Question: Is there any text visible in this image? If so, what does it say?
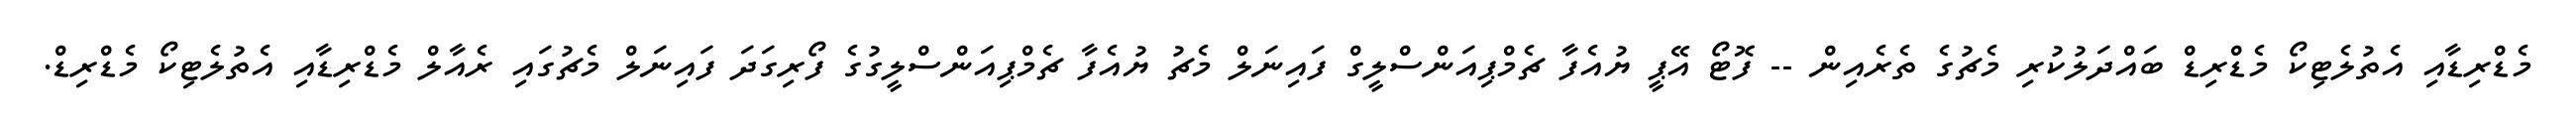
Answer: މެޑްރިޑާއި އެތުލެޓިކޯ މެޑްރިޑް ބައްދަލުކުރި މެޗުގެ ތެރެއިން -- ފޮޓޯ އޭޕީ ޔުއެފާ ޗެމްޕިއަންސްލީގް ފައިނަލް މެޗު ޔުއެފާ ޗެމްޕިއަންސްލީގުގެ ފޯރިގަދަ ފައިނަލް މެޗުގައި ރެއާލް މެޑްރިޑާއި އެތުލެޓިކޯ މެޑްރިޑް.